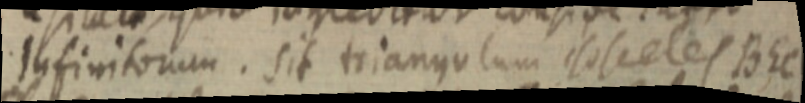
infinitorum. sit triangulum isosceles BEC